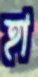
হা